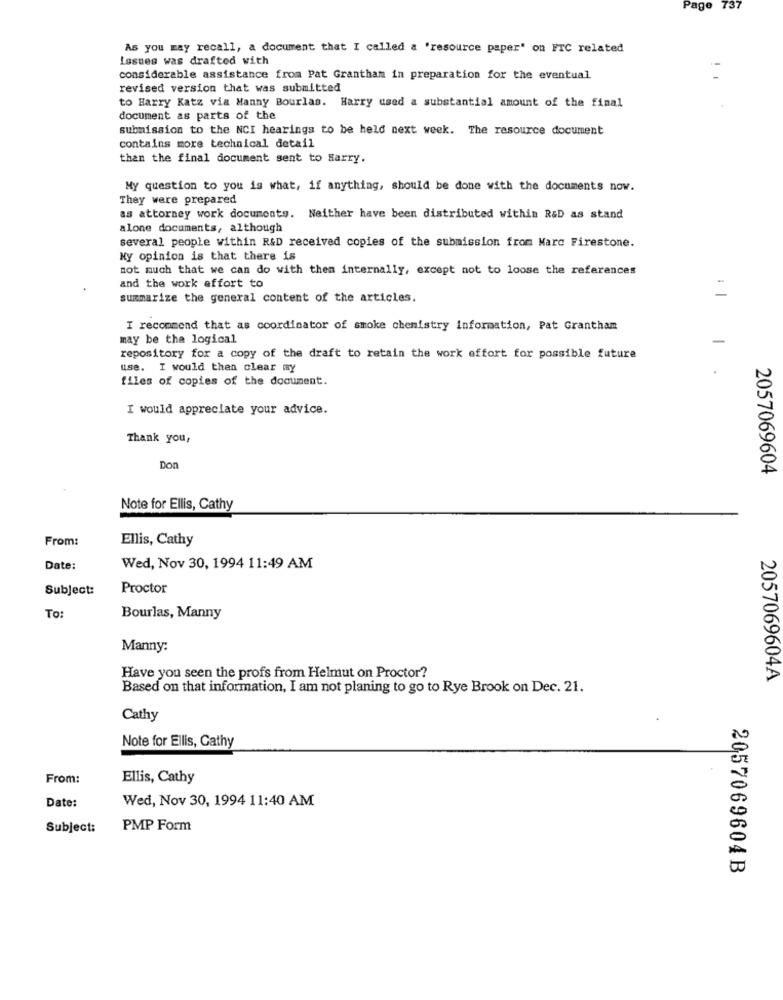
Page
737
As you may recall, a document that I called a 'resource paper" on FTC related
Issues was drafted with
considerable assistance from Pat Grantham in preparation for the eventual
revised version that was submitted
to Harry Katz via Manny Bourlas. Harry used a substantial amount of the final
document as parts of the
submission to the NCI hearings to be held next week. The resource document
contains more technical detail
than the final document sent to Harry.
My question to you is what, if anything, should be done with the documents now.
They were prepared
as attorney work documents. Neither have been distributed within R&D as stand
alone documents, although
several people within R&D received copies of the submission from Marc Firestone.
My opinion is that there is
not much that we can do with them internally, except not to loose the references
and the work effort to
=
summarize the general content of the articles.
I recommend that as coordinator of smoke chemistry Information, Pat Grantham
may be the logical
repository for a copy of the draft to retain the work effort for possible future
use. I would then clear my
files of copies of the document.
I would appreciate your advice.
Thank you,
Don
2057069604
Note for Ellis, Cathy
From:
Ellis, Cathy
Date:
Wed, Nov 30, 1994 11:49 AM
Subject:
Proctor
To:
Bourlas, Manny
Manny:
Have you seen the profs from Helmut on Proctor?
2057069604A
Based on that information, I am not planing to go to Rye Brook on Dec. 21.
Cathy
Note for Ellis, Cathy
From:
Ellis, Cathy
Date:
Wed, Nov 30, 1994 11:40 AM
Subject:
PMP Form
2057069604B